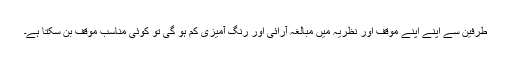
طرفین سے اپنے اپنے موقف اور نظریہ میں مبالغہ آرائی اور رنگ آمیزی کم ہو گی تو کوئی مناسب موقف بن سکتا ہے۔